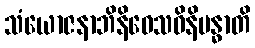
သံယောဇနာဘိနိဝေသဝိနိဗန္ဓာတိ